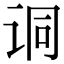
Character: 𫍣